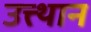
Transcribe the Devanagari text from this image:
उत्त्थान